Statistical return of the lunatic asylum in Assam - 1912-1932
Year: 1912
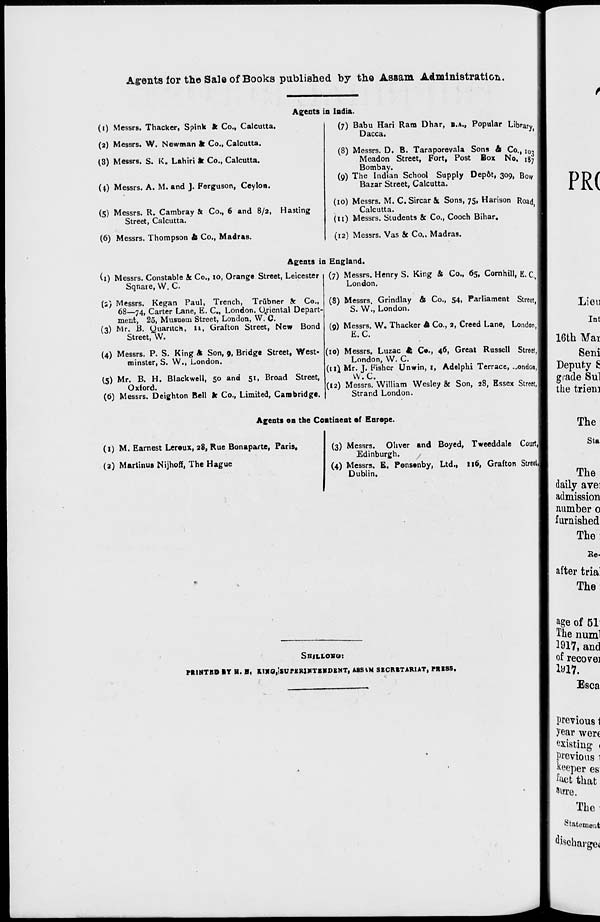
Agents for the Sale of Books published by the Assam Administration.
Agents in India.
(i) Messrs. Thacker, Spink ft Co., Calcutta.
(2) Messrs. W. Newman k Co., Calcutta.
(3) Messrs. S. K. Lahiri ft Co., Calcutta.
(\) Messrs. A. M. and J. Ferguson, Ceylon.
(5) Messrs. R. Cambray ft Co., 6 and 8/2, Hasting
Street, Calcutta.
(6) Messrs. Thompson & Co., Madras.
(7) Babu Hari Ram Dhar, B.A., Popular Library
Dacca.
y '
(8) Messrs. D. B. Taraporevala Sons & Co., i 0 ,
Meadon Street, Fort, Post Box No. ^7
Bombay.
(9) The Indian School Supply Dep6t, 309, Bow
Bazar Street, Calcutta.
(10) Messrs. M. C, Sircar ft, Sons, 75, Harison Road
Calcutta.
'
(11) Messrs. Students & Co., Cooch Bihar.
(12) Messrs. Vas ft Co.. Madras.
Agents in England.
(1) Messrs. Constable ft Co., 10, Orange Street, Leicester
Sqnate, W. C.
(i) Messrs. Kegan Paul, Trench, Trubner ft Co.,
68—74, Carter Lane, E. C„ London. Oriental Depart-
ment, 25, Musuem Street, London, W. C.
(3) Mr. B. yuantch, 11, Grafton Street, New Bond
Street, W.
(4) Messrs. P. S. King A Son, 9, Bridg* Street, West-
minster, S. W., London.
(5) Mr. B. H. Blackwell, 50 and 51, Broad Street,
Oxford.
(6) Messrs. Deighton Bell ft Co., Limited, Cambridge.
(7) Messrs. Henry S. King & Co., 65, Cornhill, fi, Q
London.
(8) Messrs. Grindlay & Co., 54, Parliament Street
S. W., London.
(9) Messrs. W. Thacker A Co., 2, Creed Lane, London
E.C.
(10) Messrs. Luzac 6 C«., 46, Great Russell Street,]
London, W. C.
(11} Mr. J. Fisher Unwin, I, Adelphi Terrace, ...ondonj
W.C.
(12) Messrs. William Wesley 8c Son, 28, Essex Street,|
Strand London.
Agents oa the Continent of Europe.
(1) M. Earnest Lereux, 28, Rue Bonaparte, Paris.
(2) Martinus Nijhoff, The Hague
(3) Messrs. Oliver and Boyed, Tweeddale Courtj
Edinburgh.
(4) Messrs. E. Pensonby, Ltd., 116, Grafton Street,
Dublin.
SHJLLOKO:
I'RINTKD IT H. H, X>1X0,'SUPKR1VT8MDENT, ASStM SECRETARIAT, PRESS.